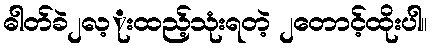
ဓါတ်ခဲ၂လ့ုးထည့်သုံးရတဲ့ ၂တောင့်ထိုးပါ။